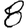
Digit: 8